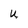
Character: u